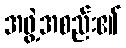
အဖွဲ့အစည်း၏